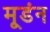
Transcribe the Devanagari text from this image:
मूडंन